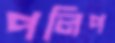
পলিপ